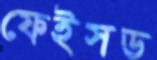
ফেইসড